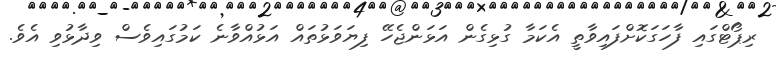
ރިޕޯޓްގައި ފާހަގަކޮށްފައިވާތީ އެކަމާ ގުޅިގެން އަޅަންޖެހޭ ފިޔަވަޅުތައް އަޅުއްވާނެ ކަމުގައިވެސް ވިދާޅުވި އެވެ.